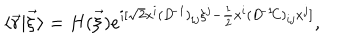
\langle \vec { r } | \vec { \xi } \rangle = H ( \vec { \xi } ) e ^ { i [ \sqrt { 2 } x ^ { i } ( D ^ { \! - 1 } ) _ { i j } \xi ^ { j } - \frac { 1 } { 2 } x ^ { i } ( D ^ { \! - 1 } \! C ) _ { i j } x ^ { j } ] } ,